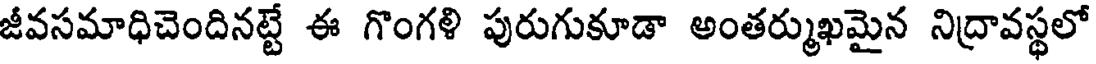
జీవసమాధిచెందినట్టే ఈ గొంగళి పురుగుకూడా అంతర్ముఖమైన నిద్రావస్థలో